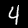
Label: 4